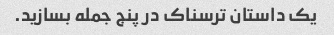
یک داستان ترسناک در پنج جمله بسازید.